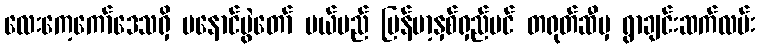
လေးကေ့ကော်ဒေသရှိ မနောင်ပွဲတော် ပယ်မည် မြန်မာ့နှစ်ရှည်ပင် တရုတ်ဆီမှ ရွာချင်းဆက်လမ်း